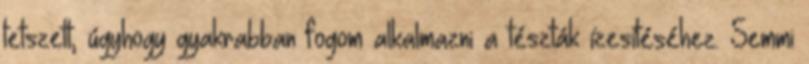
tetszett, úgyhogy gyakrabban fogom alkalmazni a tészták ízesítéséhez. Semmi